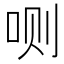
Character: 𰇘